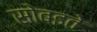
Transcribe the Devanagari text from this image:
सोबइते